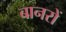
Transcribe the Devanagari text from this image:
बानरों